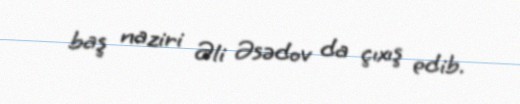
baş naziri Əli Əsədov da çıxış edib.